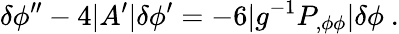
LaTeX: \delta\phi^{\prime\prime}-4|A^{\prime}|\delta\phi^{\prime}=-6|g^{-1}P_{,\phi\phi}|\delta\phi\ .